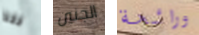
فقط الجنين ورائحة